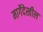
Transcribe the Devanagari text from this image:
मार्गेदेखील